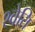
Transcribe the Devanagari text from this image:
श्वेति